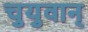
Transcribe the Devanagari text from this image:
चुयुवान्